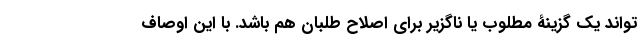
تواند یک گزینۀ مطلوب یا ناگزیر برای اصلاح طلبان هم باشد. با این اوصاف